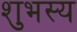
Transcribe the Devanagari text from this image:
शुभस्य